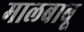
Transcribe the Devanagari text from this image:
मालबाबू